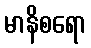
မာနိစရော